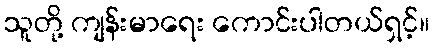
သူတို့ ကျန်းမာရေး ကောင်းပါတယ်ရှင့်။